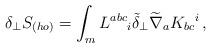
LaTeX: \begin{align*}\delta_\perp S_{(ho)} = \int_m L^{abc}{}_i \tilde\delta_\perp\widetilde\nabla_a K_{bc}{}^i \,,\end{align*}